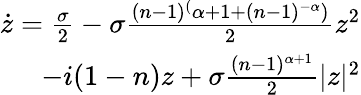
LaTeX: \begin{array}{r}{\dot{z}=\frac{\sigma}{2}-\sigma\frac{(n-1)^{(}\alpha+1+(n-1)^{-\alpha})}{2}z^{2}}\\ {-i(1-n)z+\sigma\frac{(n-1)^{\alpha+1}}{2}|z|^{2}}\end{array}